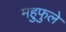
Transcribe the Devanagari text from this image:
महुफुले